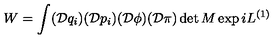
W = \int ( \mathcal { D } q _ { i } ) ( \mathcal { D } p _ { i } ) ( \mathcal { D } \phi ) ( \mathcal { D } \pi ) \det M \exp i L ^ { ( 1 ) }